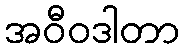
အဝီဝဒါတာ